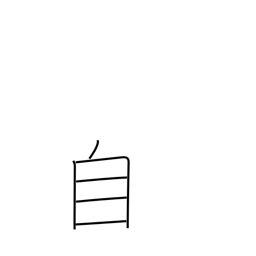
Meaning: oneself